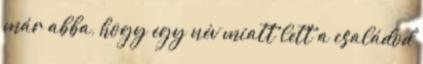
már abba, hogy egy név miatt lett a családod